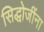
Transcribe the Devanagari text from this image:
सिद्धोजींना